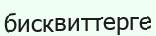
бисквиттерге